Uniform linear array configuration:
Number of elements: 64
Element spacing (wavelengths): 0.25
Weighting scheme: blackman
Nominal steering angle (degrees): -60
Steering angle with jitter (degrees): -58.923
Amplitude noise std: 0.05
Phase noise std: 0.05

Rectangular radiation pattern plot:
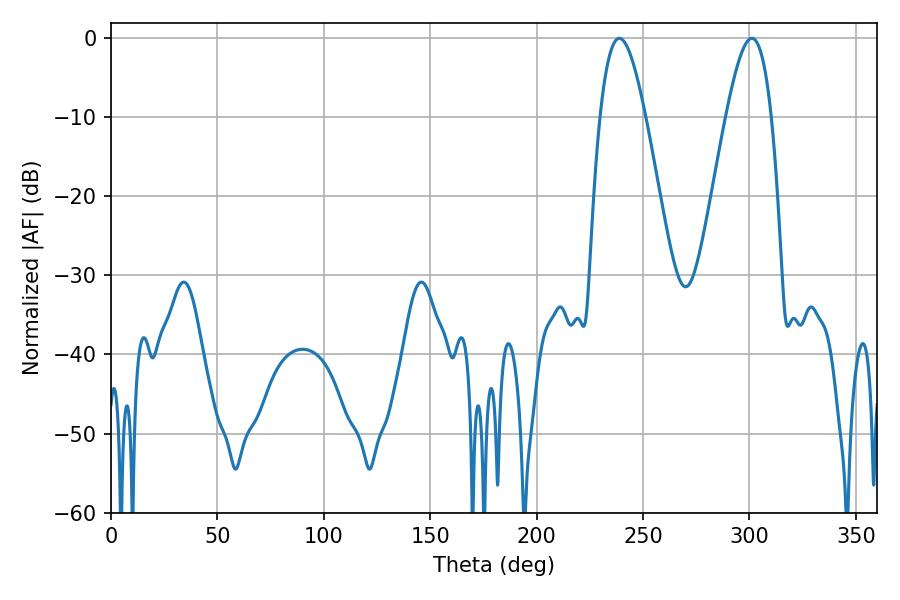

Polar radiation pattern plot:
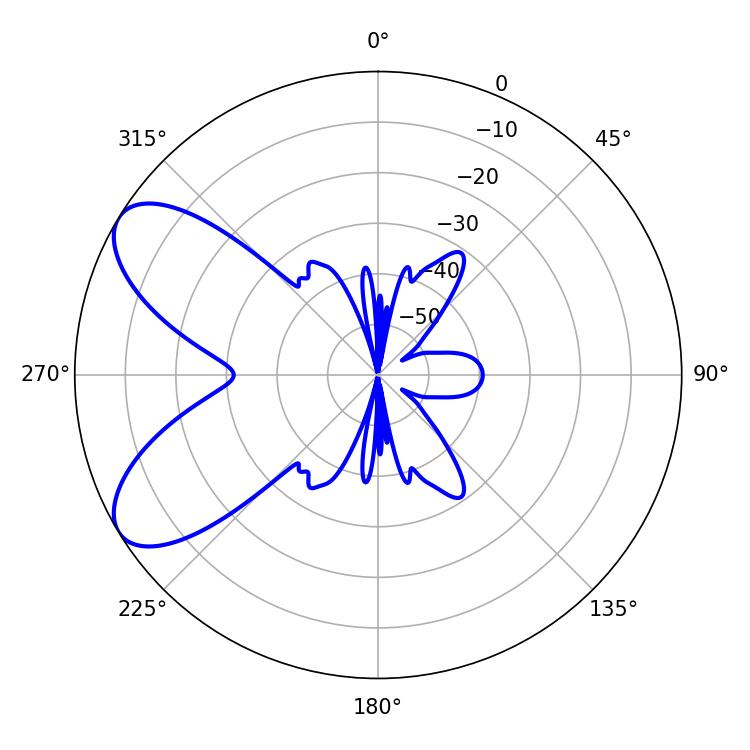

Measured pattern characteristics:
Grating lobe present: FALSE
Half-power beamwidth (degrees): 11.52
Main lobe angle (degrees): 238.86